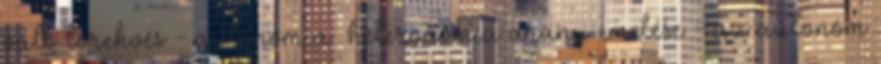
való törekvés - autonómia heteronómia arány emelése - az autonóm